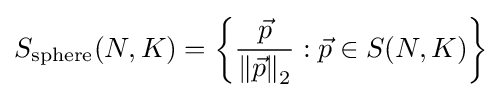
S_{\text{sphere}}(N,K)=\left\{{\frac {\vec {p}}{\left\|{\vec {p}}\right\|_{2}}}:{\vec {p}}\in S(N,K)\right\}